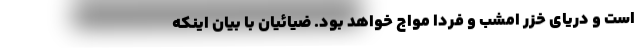
است و دریای خزر امشب و فردا مواج خواهد بود. ضیائیان با بیان اینکه